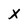
Character: X